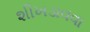
શીખડાવવા